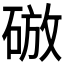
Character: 𥓴